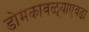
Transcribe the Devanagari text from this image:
डोमकावळ्याएवढा